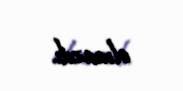
olmazdı.